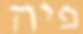
פיה